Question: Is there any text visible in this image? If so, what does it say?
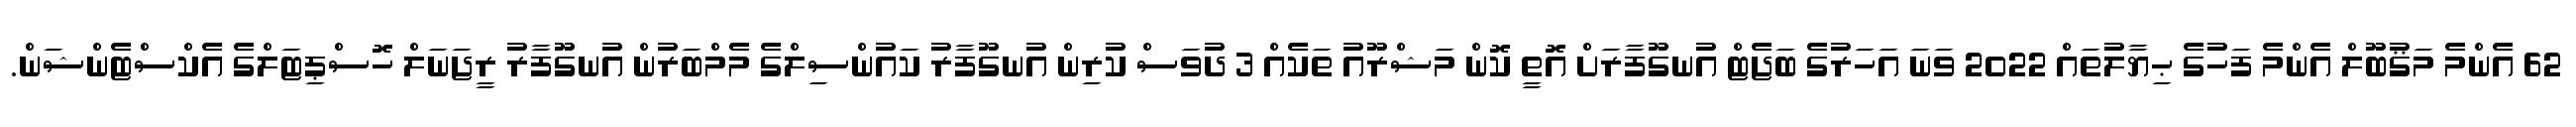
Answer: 62 އެންމެ މަޤުބޫލް އެންމެ ފަހުގެ ޙިޔާލުތައް 2022 ވަނަ އަހަރުގެ ބަޖެޓް އުނގޫފާރަށް އޮތީ ކޮން މަޝްރޫއު ތަކެއް 3 ދުވަސް ކުރިން އުނގޫފާރު ކައުންސިލްގެ މެމްބަރުން އުނގޫފާރު ރީޖަނަލް ހޮސްޕިޓަލްގެ އެކްސްޓެންޝަން.